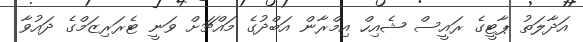
އަދާލަތު ޕާޓީގެ ރައީސް ޝެއިހް އިމްރާން އަބްދުގެ މައްޗަށް ވަނީ ޓެރަރިޒަމްގެ ދައުވާ